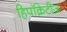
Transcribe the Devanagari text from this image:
हिपॉक्रेटीज़